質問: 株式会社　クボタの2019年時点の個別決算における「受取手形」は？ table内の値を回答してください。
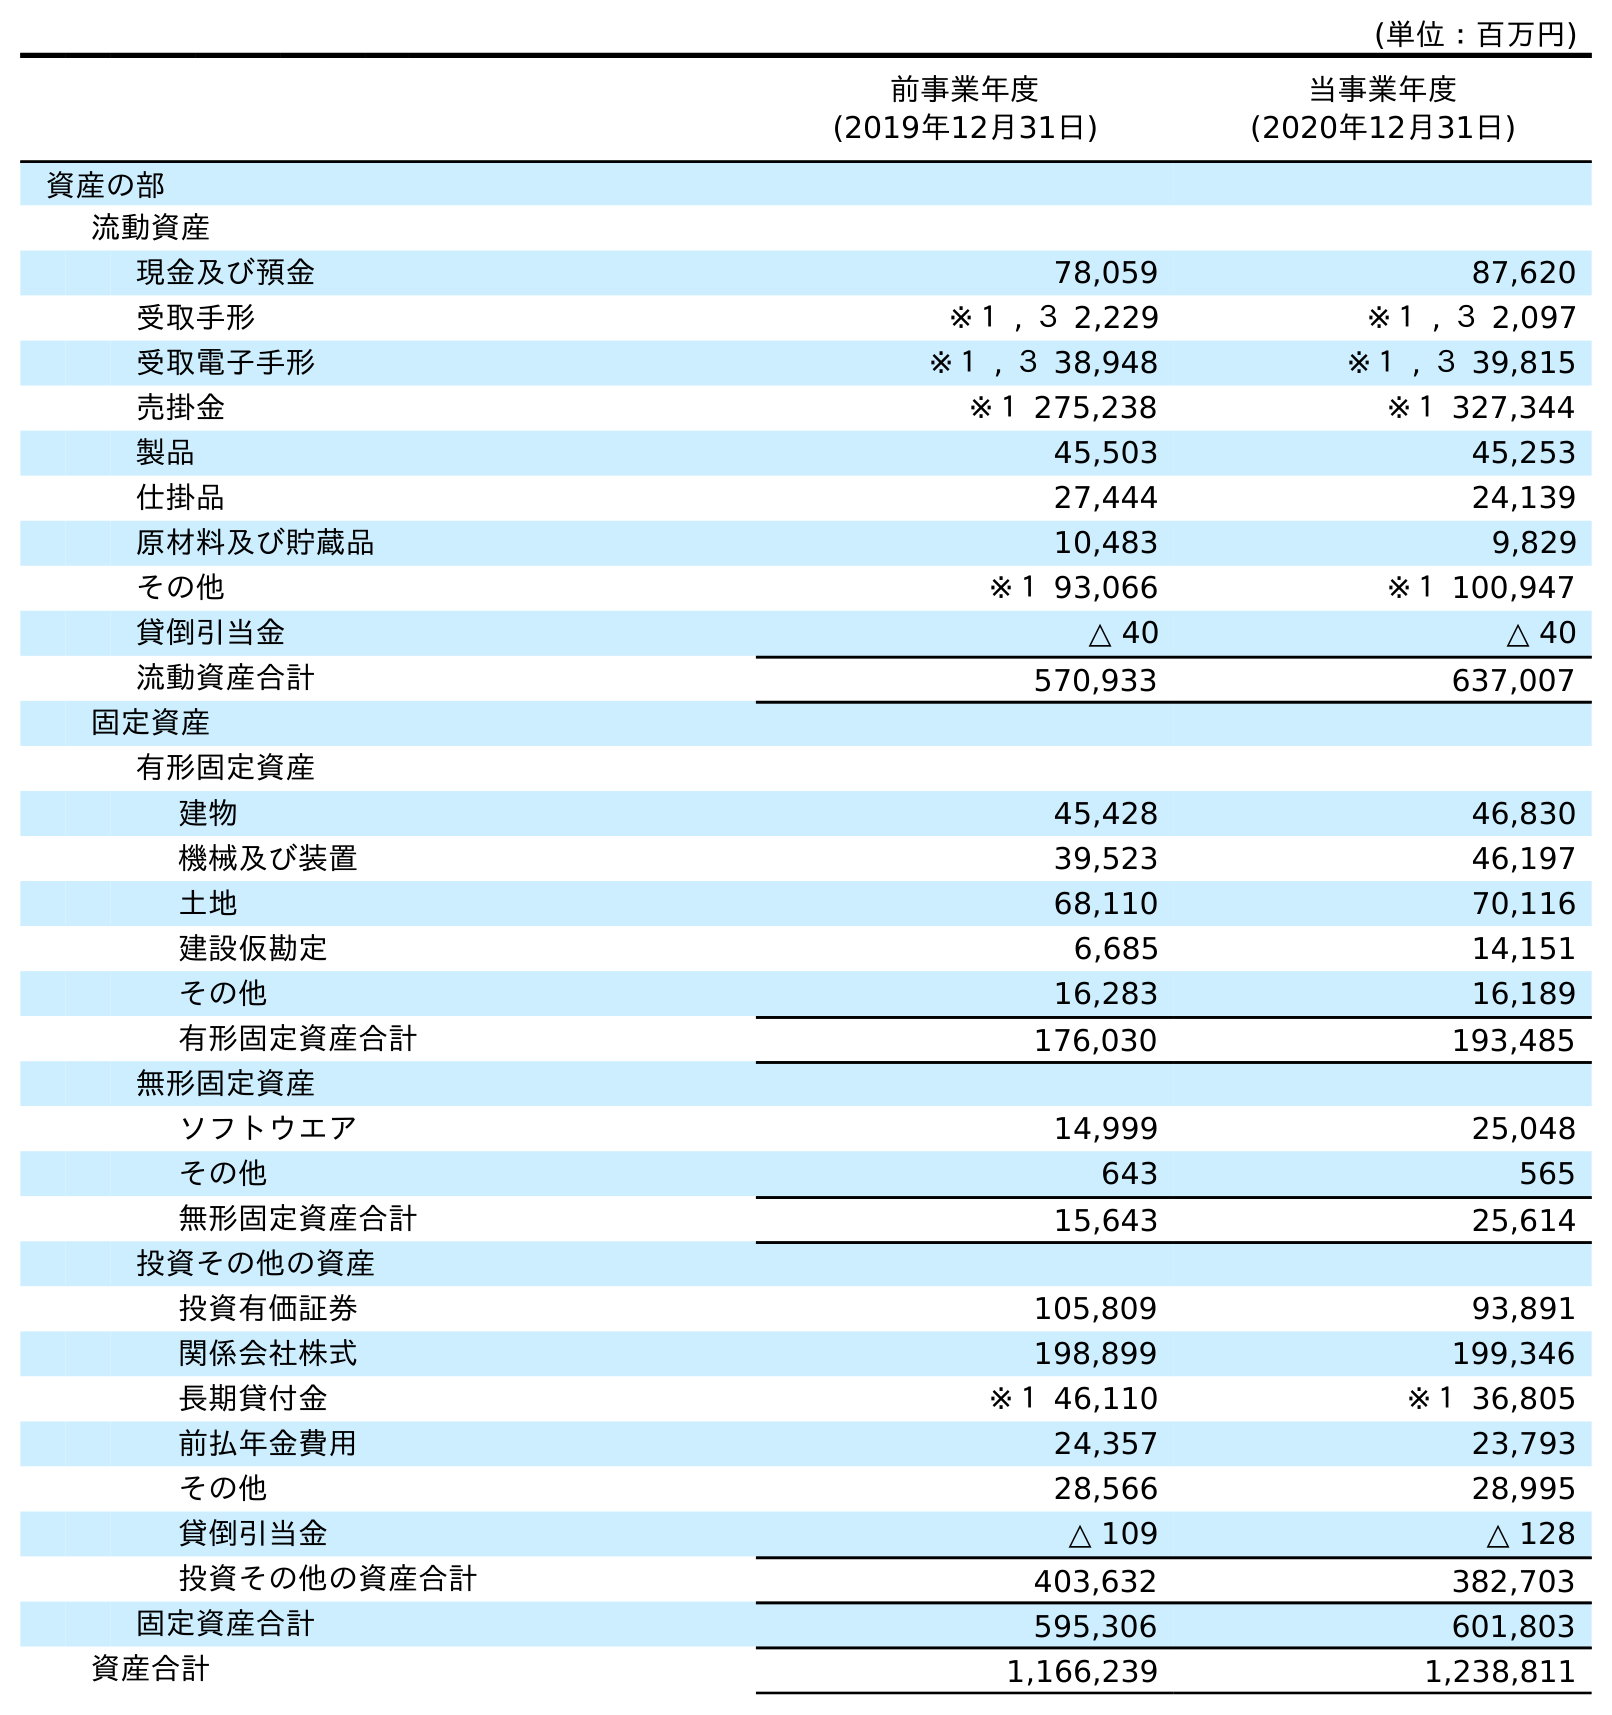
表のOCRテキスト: (単位：百万円) 前事業年度 (2019年12月31日) 当事業年度 (2020年12月31日) 資産の部 流動資産 現金及び預金 78,059 87,620 受取手形 ※１ , ３ 2,229 ※１ , ３ 2,097 受取電子手形 ※１ , ３ 38,948 ※１ , ３ 39,815 売掛金 ※１ 275,238 ※１ 327,344 製品 45,503 45,253 仕掛品 27,444 24,139 原材料及び貯蔵品 10,483 9,829 その他 ※１ 93,066 ※１ 100,947 貸倒引当金 △ 40 △ 40 流動資産合計 570,933 637,007 固定資産 有形固定資産 建物 45,428 46,830 機械及び装置 39,523 46,197 土地 68,110 70,116 建設仮勘定 6,685 14,151 その他 16,283 16,189 有形固定資産合計 176,030 193,485 無形固定資産 ソフトウエア 14,999 25,048 その他 643 565 無形固定資産合計 15,643 25,614 投資その他の資産 投資有価証券 105,809 93,891 関係会社株式 198,899 199,346 長期貸付金 ※１ 46,110 ※１ 36,805 前払年金費用 24,357 23,793 その他 28,566 28,995 貸倒引当金 △ 109 △ 128 投資その他の資産合計 403,632 382,703 固定資産合計 595,306 601,803 資産合計 1,166,239 1,238,811
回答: ※１,３2,229